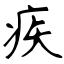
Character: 疾